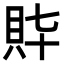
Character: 𧴶